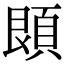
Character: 䫀